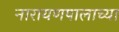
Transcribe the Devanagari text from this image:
नारायणपालाच्या